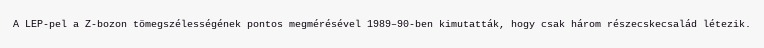
A LEP-pel a Z-bozon tömegszélességének pontos megmérésével 1989–90-ben kimutatták, hogy csak három részecskecsalád létezik.